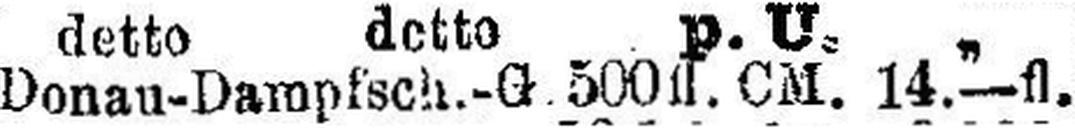
Donau-Dampfsch.-G 500 fl. CM. 14.—fl.